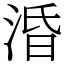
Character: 涽